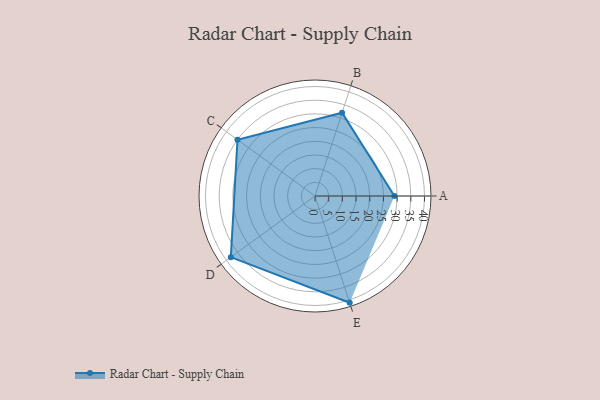
{"axis": {"x": "Skill", "y": "Score"}, "legend": ["Profile"], "data": [{"x": "A", "y": 29.0, "type": "Profile"}, {"x": "B", "y": 32.0, "type": "Profile"}, {"x": "C", "y": 35.0, "type": "Profile"}, {"x": "D", "y": 38.0, "type": "Profile"}, {"x": "E", "y": 41.0, "type": "Profile"}]}